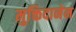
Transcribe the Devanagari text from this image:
मुक्तिदानेन